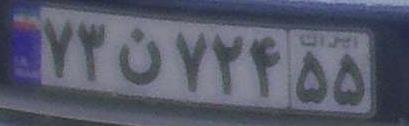
۷۳ن۷۲۴۵۵